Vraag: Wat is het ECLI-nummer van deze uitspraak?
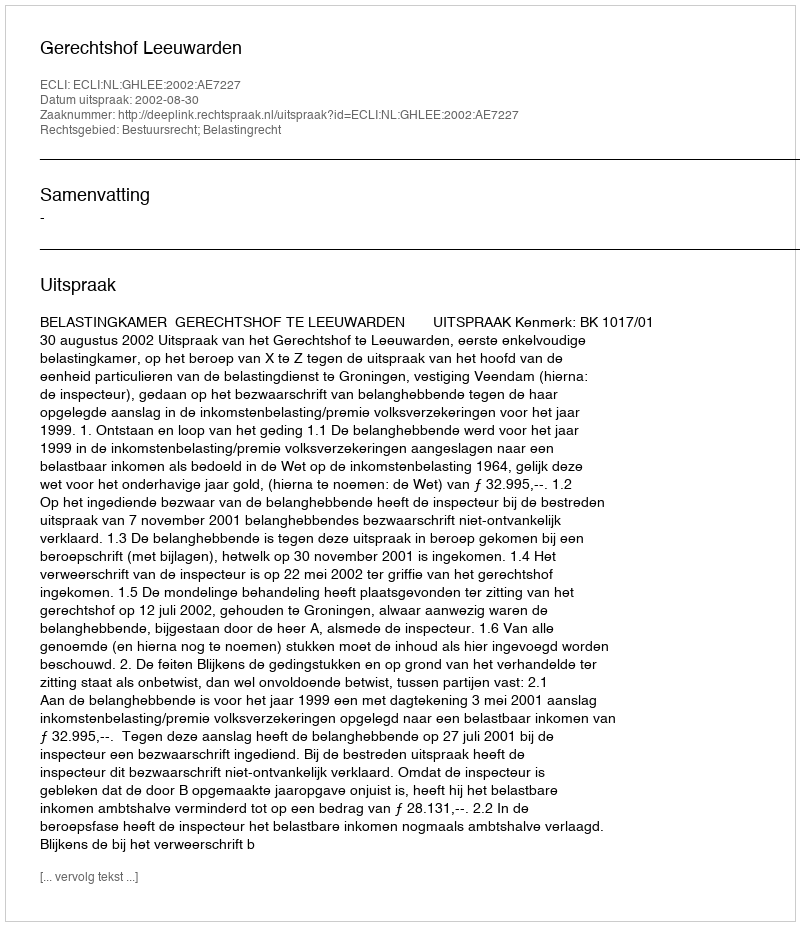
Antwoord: ECLI:NL:GHLEE:2002:AE7227